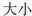
大小